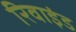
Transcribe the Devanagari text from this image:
रिवाइंड